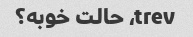
trev، حالت خوبه؟